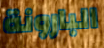
البارونة